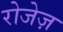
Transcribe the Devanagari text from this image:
रोजेज़